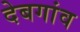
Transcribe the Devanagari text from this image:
देबगांव